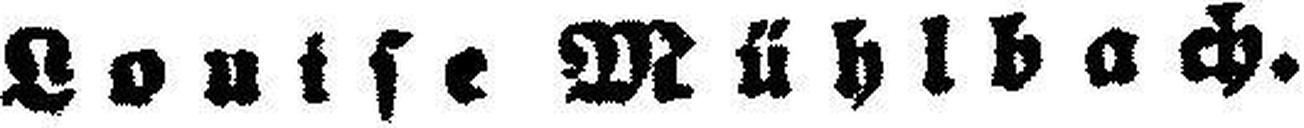
Louise Mühlbach.